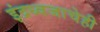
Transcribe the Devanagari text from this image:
इंद्रध्वजाचेही